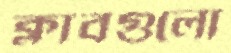
ক্লাবগুলো